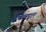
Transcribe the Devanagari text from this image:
द्वेषांबद्दल